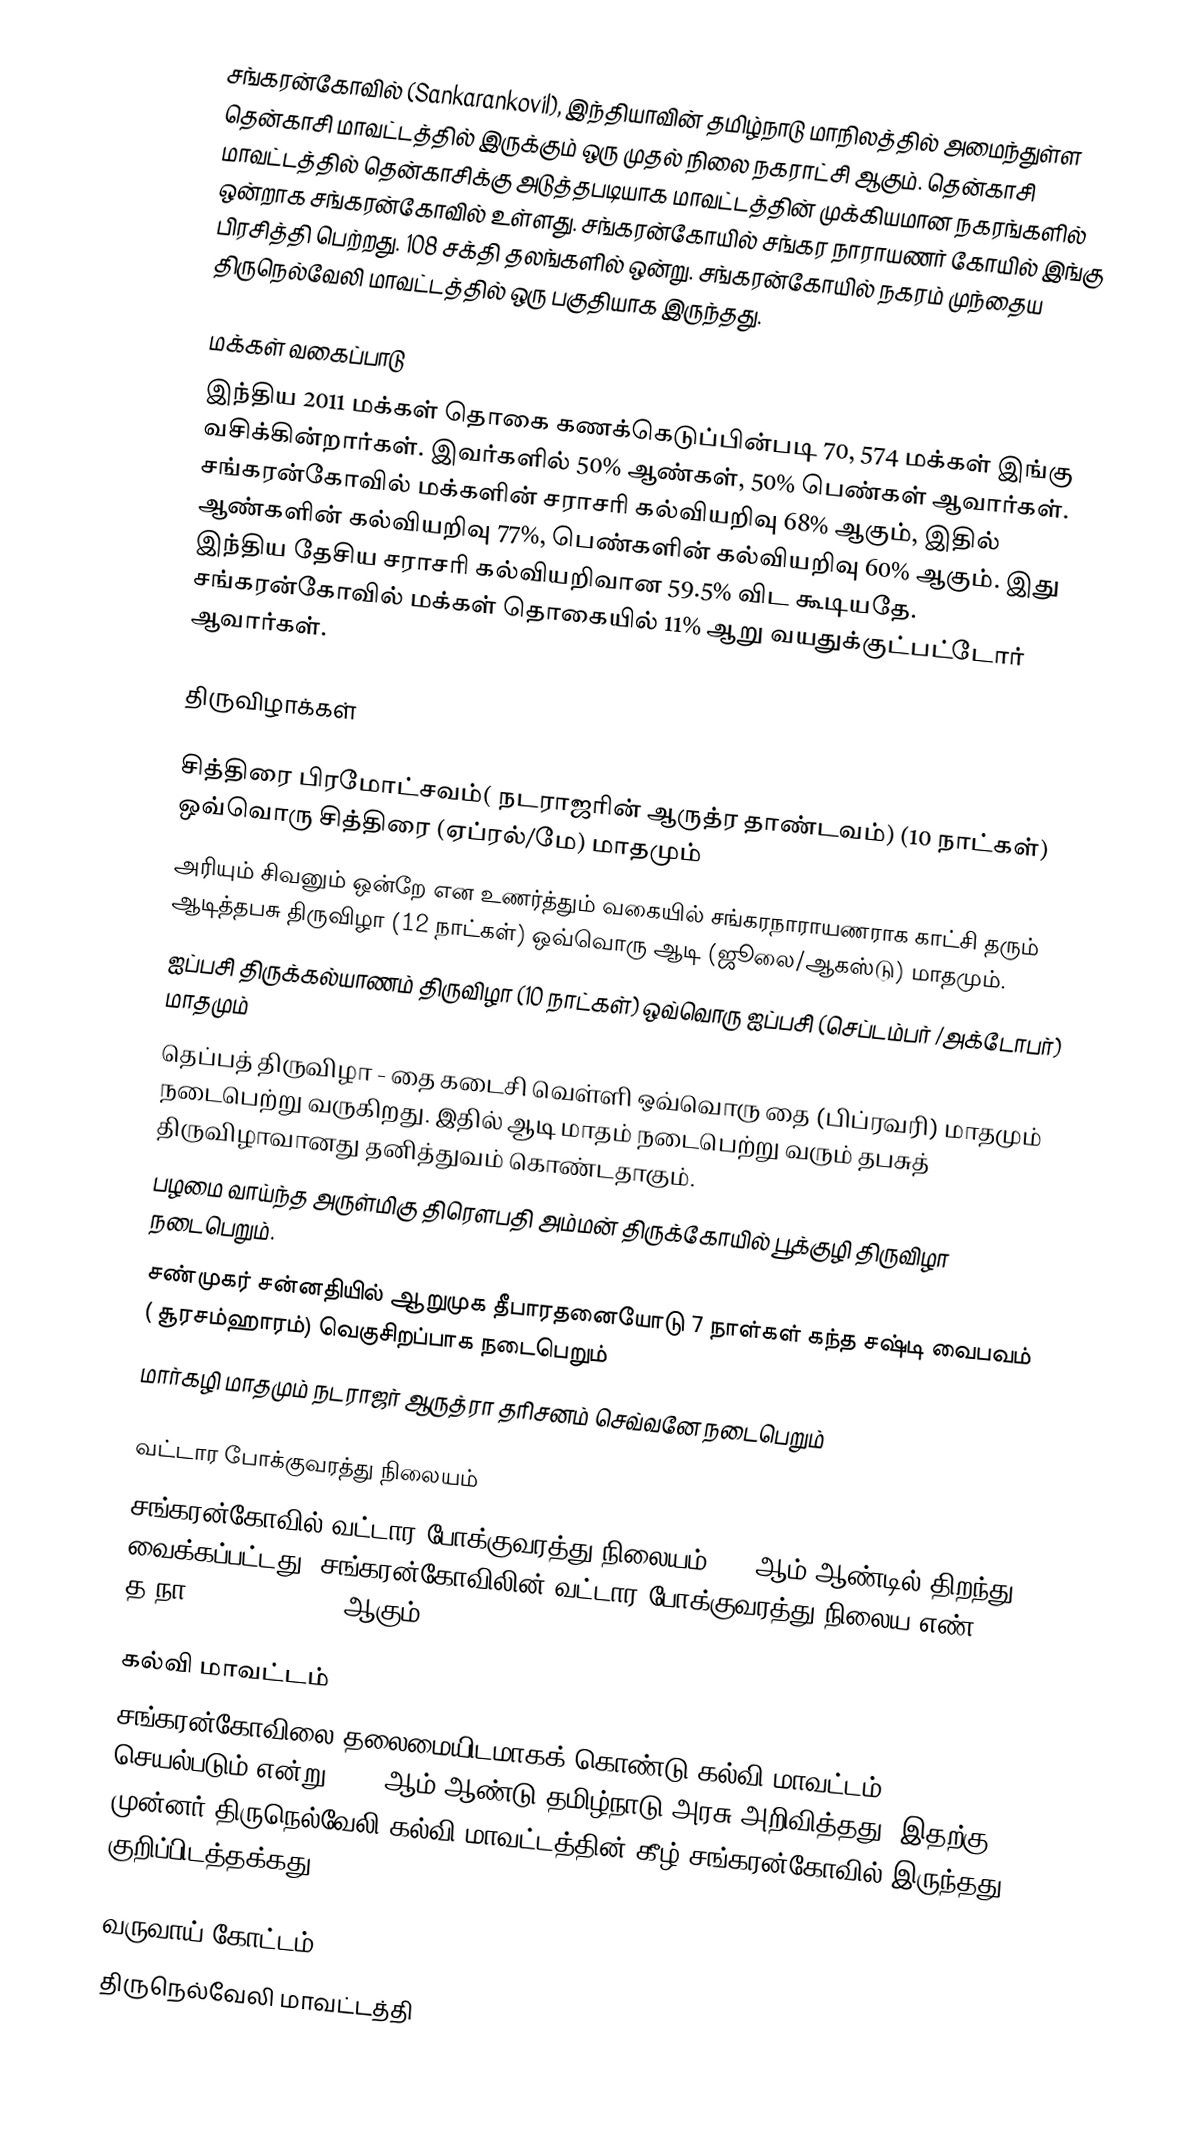
சங்கரன்கோவில் (Sankarankovil), இந்தியாவின் தமிழ்நாடு மாநிலத்தில் அமைந்துள்ள தென்காசி மாவட்டத்தில் இருக்கும் ஒரு முதல் நிலை நகராட்சி ஆகும். தென்காசி மாவட்டத்தில் தென்காசிக்கு அடுத்தபடியாக மாவட்டத்தின் முக்கியமான  நகரங்களில் ஒன்றாக சங்கரன்கோவில் உள்ளது. சங்கரன்கோயில் சங்கர நாராயணர் கோயில் இங்கு பிரசித்தி பெற்றது. 108 சக்தி தலங்களில் ஒன்று. சங்கரன்கோயில் நகரம் முந்தைய திருநெல்வேலி மாவட்டத்தில் ஒரு பகுதியாக இருந்தது.

மக்கள் வகைப்பாடு
இந்திய 2011 மக்கள் தொகை கணக்கெடுப்பின்படி 70, 574 மக்கள் இங்கு வசிக்கின்றார்கள். இவர்களில் 50% ஆண்கள், 50% பெண்கள் ஆவார்கள். சங்கரன்கோவில் மக்களின் சராசரி கல்வியறிவு 68% ஆகும்,  இதில் ஆண்களின் கல்வியறிவு 77%,  பெண்களின் கல்வியறிவு 60% ஆகும். இது இந்திய தேசிய சராசரி கல்வியறிவான 59.5% விட கூடியதே. சங்கரன்கோவில் மக்கள் தொகையில் 11%  ஆறு வயதுக்குட்பட்டோர் ஆவார்கள்.

திருவிழாக்கள்

சித்திரை பிரமோட்சவம்( நடராஜரின் ஆருத்ர தாண்டவம்) (10 நாட்கள்) ஒவ்வொரு சித்திரை (ஏப்ரல்/மே) மாதமும்
அரியும் சிவனும் ஒன்றே என உணர்த்தும் வகையில் சங்கரநாராயணராக காட்சி தரும் ஆடித்தபசு திருவிழா (12 நாட்கள்) ஒவ்வொரு ஆடி (ஜூலை/ஆகஸ்டு) மாதமும்.
ஐப்பசி திருக்கல்யாணம் திருவிழா (10 நாட்கள்) ஒவ்வொரு ஐப்பசி (செப்டம்பர் /அக்டோபர்) மாதமும்
தெப்பத் திருவிழா - தை கடைசி வெள்ளி ஒவ்வொரு தை (பிப்ரவரி) மாதமும் நடைபெற்று வருகிறது. இதில் ஆடி மாதம் நடைபெற்று வரும் தபசுத் திருவிழாவானது தனித்துவம் கொண்டதாகும்.
பழமை வாய்ந்த அருள்மிகு திரௌபதி அம்மன் திருக்கோயில் பூக்குழி திருவிழா நடைபெறும்.
 சண்முகர் சன்னதியில் ஆறுமுக தீபாரதனையோடு 7 நாள்கள் கந்த சஷ்டி வைபவம் ( சூரசம்ஹாரம்) வெகுசிறப்பாக நடைபெறும்
 மார்கழி மாதமும் நடராஜர் ஆருத்ரா தரிசனம் செவ்வனே நடைபெறும்

வட்டார போக்குவரத்து நிலையம்
சங்கரன்கோவில் வட்டார போக்குவரத்து நிலையம் 2013ஆம் ஆண்டில் திறந்து வைக்கப்பட்டது. சங்கரன்கோவிலின் வட்டார போக்குவரத்து நிலைய எண்: த.நா - 79 (TN - 79) ஆகும்.

கல்வி மாவட்டம்
சங்கரன்கோவிலை தலைமையிடமாகக் கொண்டு கல்வி மாவட்டம் செயல்படும் என்று 2018-ஆம் ஆண்டு தமிழ்நாடு அரசு அறிவித்தது. இதற்கு முன்னர் திருநெல்வேலி கல்வி மாவட்டத்தின் கீழ் சங்கரன்கோவில் இருந்தது குறிப்பிடத்தக்கது.

வருவாய் கோட்டம்
திருநெல்வேலி மாவட்டத்தி